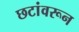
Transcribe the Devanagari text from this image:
छटांवरून